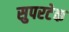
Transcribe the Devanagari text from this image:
सुपरटेक